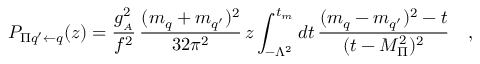
P _ { \Pi q ^ { \prime } \leftarrow q } ( z ) = \frac { g _ { _ A } ^ { 2 } } { f ^ { 2 } } \, \frac { ( m _ { q } + m _ { q ^ { \prime } } ) ^ { 2 } } { 3 2 \pi ^ { 2 } } \, z \int _ { - \Lambda ^ { 2 } } ^ { t _ { m } } d t \, \frac { ( m _ { q } - m _ { q ^ { \prime } } ) ^ { 2 } - t } { ( t - M _ { \Pi } ^ { 2 } ) ^ { 2 } } \ \ \ ,